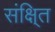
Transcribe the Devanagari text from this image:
संक्षि्त